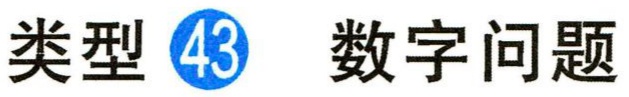
类型 \textcircled{43} 数字问题